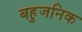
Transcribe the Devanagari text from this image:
बहुजनिक